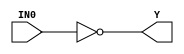
//------------------------------------------------------
// Copyright 1992, 1993 Cascade Design Automation Corporation.
//------------------------------------------------------
module stdinv(IN0,Y);
  parameter
        d_IN0_r = 0,
        d_IN0_f = 0,
        d_Y_r = 1,
        d_Y_f = 1;
  input  IN0;
  output  Y;
  wire  IN0_temp;
  reg  Y_temp;
  assign #(d_IN0_r,d_IN0_f) IN0_temp = IN0;
  assign #(d_Y_r,d_Y_f) Y = Y_temp;
  always
    @(IN0_temp)
      begin
      Y_temp = ( ~ IN0_temp);
      end
endmodule